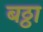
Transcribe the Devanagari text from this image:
बठ्ठा